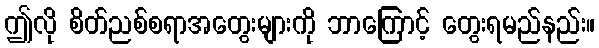
ဤလို စိတ်ညစ်စရာအတွေးများကို ဘာကြောင့် တွေးရမည်နည်း။